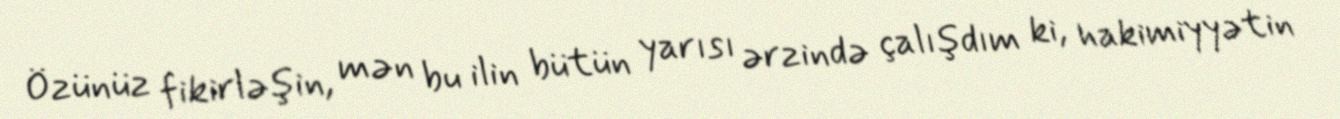
Özünüz fikirləşin, mən bu ilin bütün yarısı ərzində çalışdım ki, hakimiyyətin